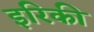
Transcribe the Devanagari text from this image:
इरिकी